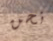
نحن